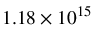
1 . 1 8 \times 1 0 ^ { 1 5 }